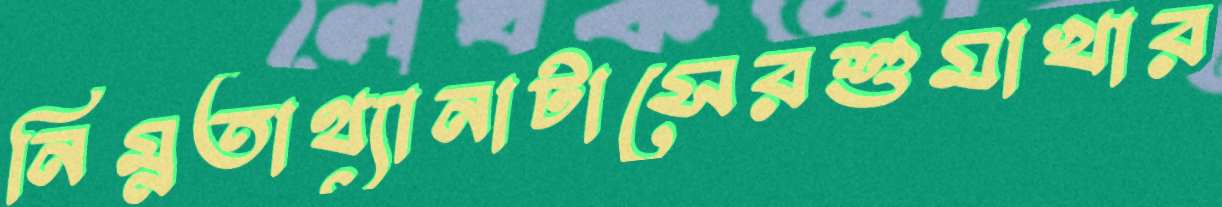
নিম্নতাথ্যানাটাসেরশুমাখার